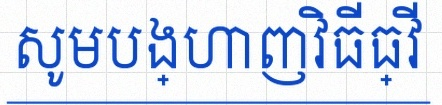
សូមបង្ហាញវិធីធ្វើ